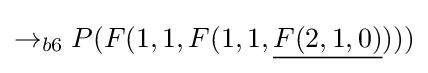
\rightarrow _{b6}P(F(1,1,F(1,1,{\underline {F(2,1,0)}})))